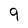
Character: 9